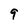
Character: 9